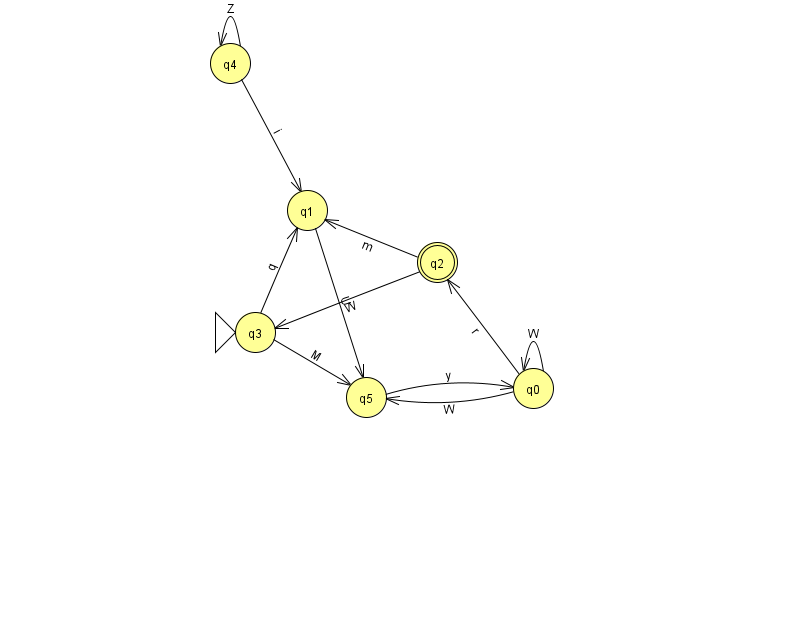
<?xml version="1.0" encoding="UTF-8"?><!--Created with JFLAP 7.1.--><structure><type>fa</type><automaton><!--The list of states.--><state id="0" name="q0"><x>533.0</x><y>375.0</y></state><state id="1" name="q1"><x>307.0</x><y>197.0</y></state><state id="2" name="q2"><x>437.0</x><y>249.0</y><final/></state><state id="3" name="q3"><x>255.0</x><y>319.0</y><initial/></state><state id="4" name="q4"><x>230.0</x><y>50.0</y></state><state id="5" name="q5"><x>366.0</x><y>384.0</y></state><!--The list of transitions.--><transition><from>1</from><to>5</to><read>U</read></transition><transition><from>3</from><to>5</to><read>M</read></transition><transition><from>5</from><to>0</to><read>y</read></transition><transition><from>0</from><to>0</to><read>W</read></transition><transition><from>3</from><to>1</to><read>q</read></transition><transition><from>2</from><to>1</to><read>m</read></transition><transition><from>2</from><to>3</to><read>W</read></transition><transition><from>4</from><to>4</to><read>Z</read></transition><transition><from>0</from><to>2</to><read>r</read></transition><transition><from>0</from><to>5</to><read>W</read></transition><transition><from>4</from><to>1</to><read>i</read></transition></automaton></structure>